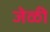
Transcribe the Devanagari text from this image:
जेळी